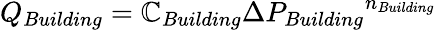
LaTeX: Q_{Building}=\mathbb{C}_{Building}{{\Delta}P_{Building}}^{n_{Building}}\,